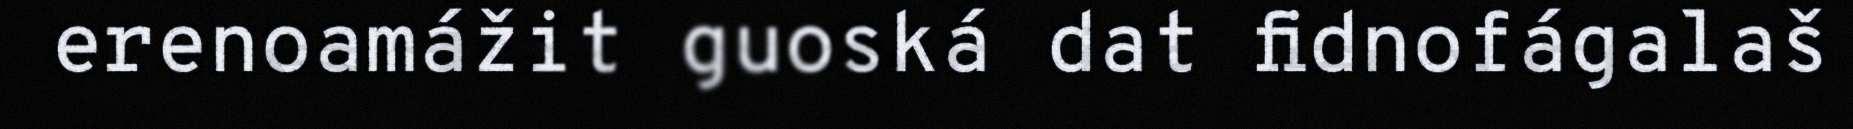
erenoamážit guoská dat fidnofágalaš